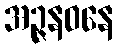
အဉ္ဇနဝနေ